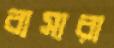
বাসারা